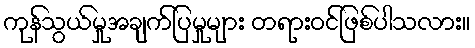
ကုန်သွယ်မှုအချက်ပြမှုများ တရားဝင်ဖြစ်ပါသလား။